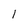
Character: 1